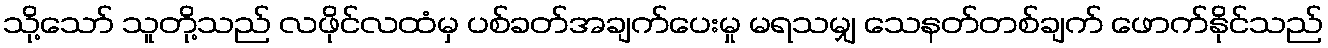
သို့သော် သူတို့သည် လဖိုင်လထံမှ ပစ်ခတ်အချက်ပေးမှု မရသမျှ သေနတ်တစ်ချက် ဖောက်နိုင်သည်